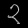
Digit: ၃